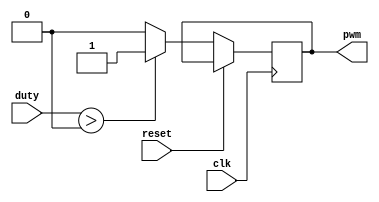
`timescale 1ns / 1ps
//////////////////////////////////////////////////////////////////////////////////
// Company: 
// Engineer: 
// 
// Design Name: 
// Module Name:    pwm 
// Project Name: 
// Target Devices: 
// Tool versions: 
// Description: 
//
// Dependencies: 
//
// Revision: 
// Revision 0.01 - File Created
// Additional Comments: 
//
//////////////////////////////////////////////////////////////////////////////////
module pwm
#(parameter R=9)(
input clk,
input reset,
input [R-1:0] duty,
output reg pwm 
 );
reg [R-1:0] count;
initial count<=0;
always @(posedge clk)begin
	if(reset)	
	count<=0;
else	
	if(duty>count)begin 	pwm=1;	 end
	else begin			pwm=0;		end
	count<=count+1;
	

end
always @(duty)begin
	count<=0;
	
	end
endmodule